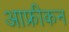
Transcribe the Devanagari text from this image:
आफ्रीकन